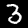
Label: 3